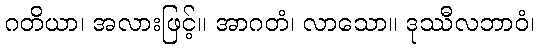
ဂတိယာ၊ အလားဖြင့်။ အာဂတံ၊ လာသော။ ဒုဿီလဘာဝံ၊